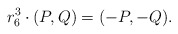
\begin{align*}r_6^3\cdot (P,Q) = (-P,-Q).\end{align*}